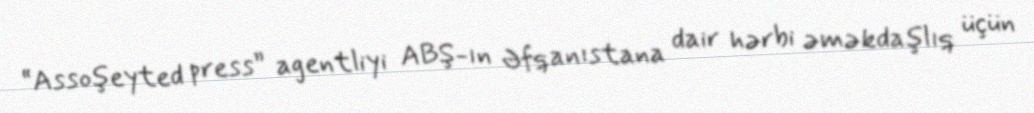
“Assoşeyted press” agentliyi ABŞ-ın Əfqanıstana dair hərbi əməkdaşlıq üçün